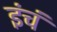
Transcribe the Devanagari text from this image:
इंचं